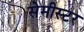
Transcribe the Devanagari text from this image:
सेमीस्टर